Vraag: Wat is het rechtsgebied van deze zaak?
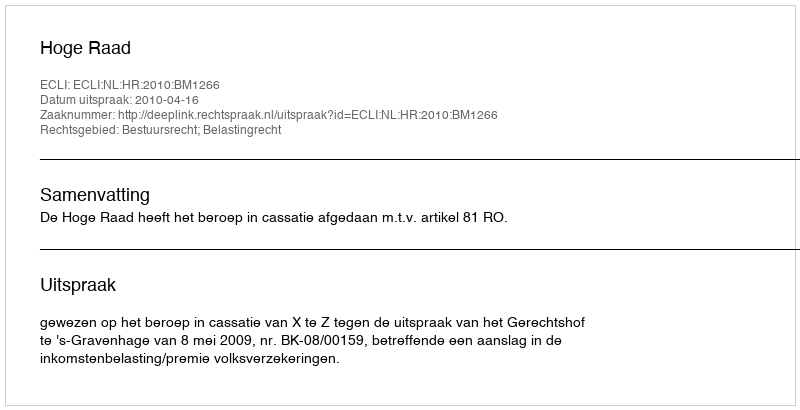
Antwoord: Bestuursrecht; Belastingrecht